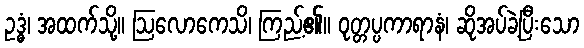
ဥဒ္ဓံ၊ အထက်သို့။ ဩလောကေသိ၊ ကြည့်၏။ ဝုတ္တပ္ပကာရာနံ၊ ဆိုအပ်ခဲ့ပြီးသော